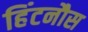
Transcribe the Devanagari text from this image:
हिंटनौस